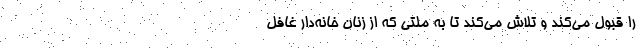
را قبول می‌کند و تلاش می‌کند تا به ملتی که از زنان خانه‌دار غافل